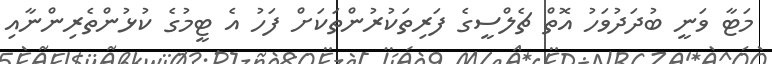
މަޓާ ވަނީ ބުދަދުވަހު އޮތް ޗެލްސީގެ ފަރިތަކުރުންތަކަށް ފަހު އެ ޓީމުގެ ކުޅުންތެރިންނާއި